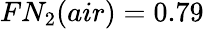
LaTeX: FN_{2}(air)=0.79